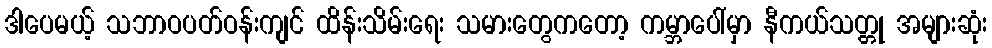
ဒါပေမယ့် သဘာဝပတ်ဝန်းကျင် ထိန်းသိမ်းရေး သမားတွေကတော့ ကမ္ဘာပေါ်မှာ နီကယ်သတ္တု အများဆုံး